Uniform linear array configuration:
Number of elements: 64
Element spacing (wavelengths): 0.5
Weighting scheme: exponential
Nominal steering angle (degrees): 45
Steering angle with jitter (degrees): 46.596
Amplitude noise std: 0.05
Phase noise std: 0.05

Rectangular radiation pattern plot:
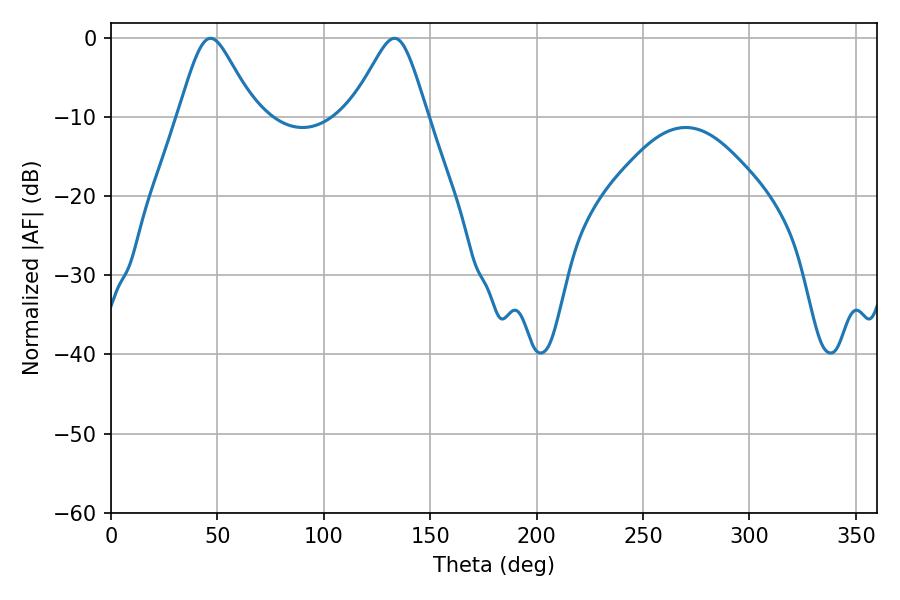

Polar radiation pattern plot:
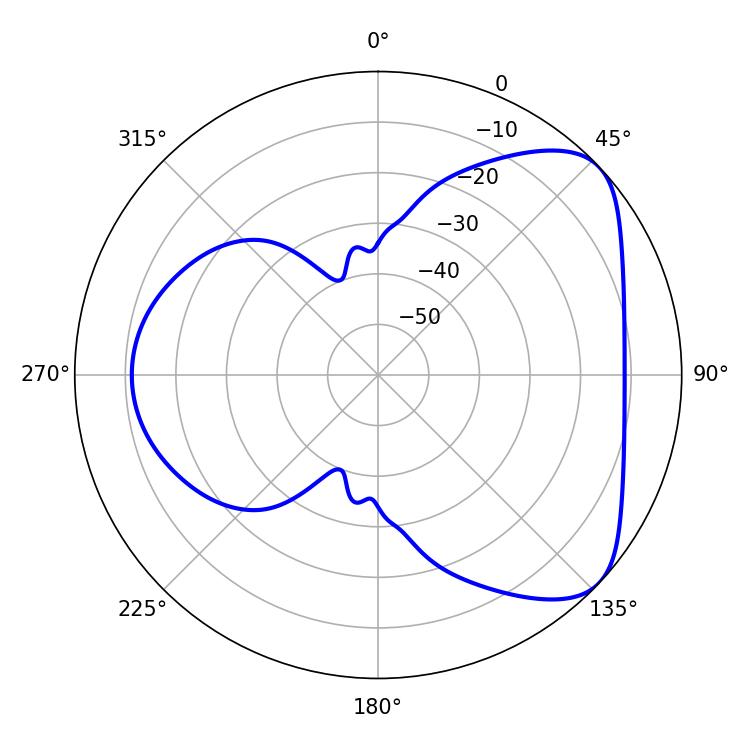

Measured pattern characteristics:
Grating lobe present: FALSE
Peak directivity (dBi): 5.776
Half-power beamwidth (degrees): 17.28
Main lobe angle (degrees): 46.8